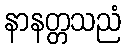
နာနတ္တသညံ